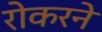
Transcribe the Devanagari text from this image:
रोकरने